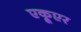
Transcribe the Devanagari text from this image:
एक्रूएर